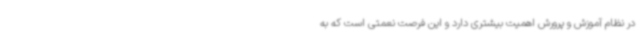
در نظام آموزش و پرورش اهمیت بیشتری دارد و این فرصت نعمتی است که به